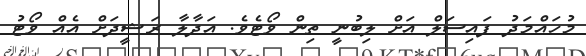
މުހައްމަދު ފައިސަލް އަށް ލިބުނީ ތިން ވޯޓެވެ. އަދާލާ ރަޝީދަށް އެއް ވޯޓު